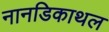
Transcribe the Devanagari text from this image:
नानडिकाथल